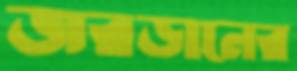
জরডানের